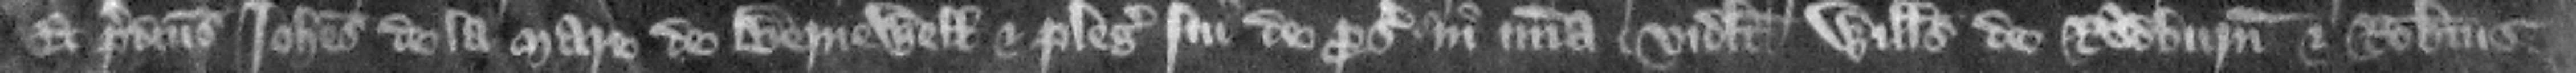
Et predictus Iohannes de la Mare de Bernewell et plegii sui de prosequendo in misericordia. videlicet Willelmus de Radburn et Robertus